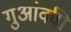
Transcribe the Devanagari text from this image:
गुआंक्वी